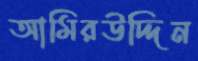
আমিরউদ্দিন